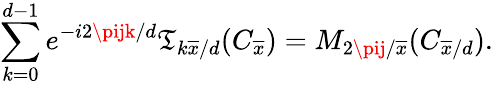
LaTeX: \sum_{k=0}^{d-1}e^{-i2\pijk/d}\mathfrak{T}_{k\overline{{{x}}}/d}(C_{\overline{{{x}}}})=M_{2\pij/\overline{{{x}}}}(C_{\overline{{{x}}}/d}).